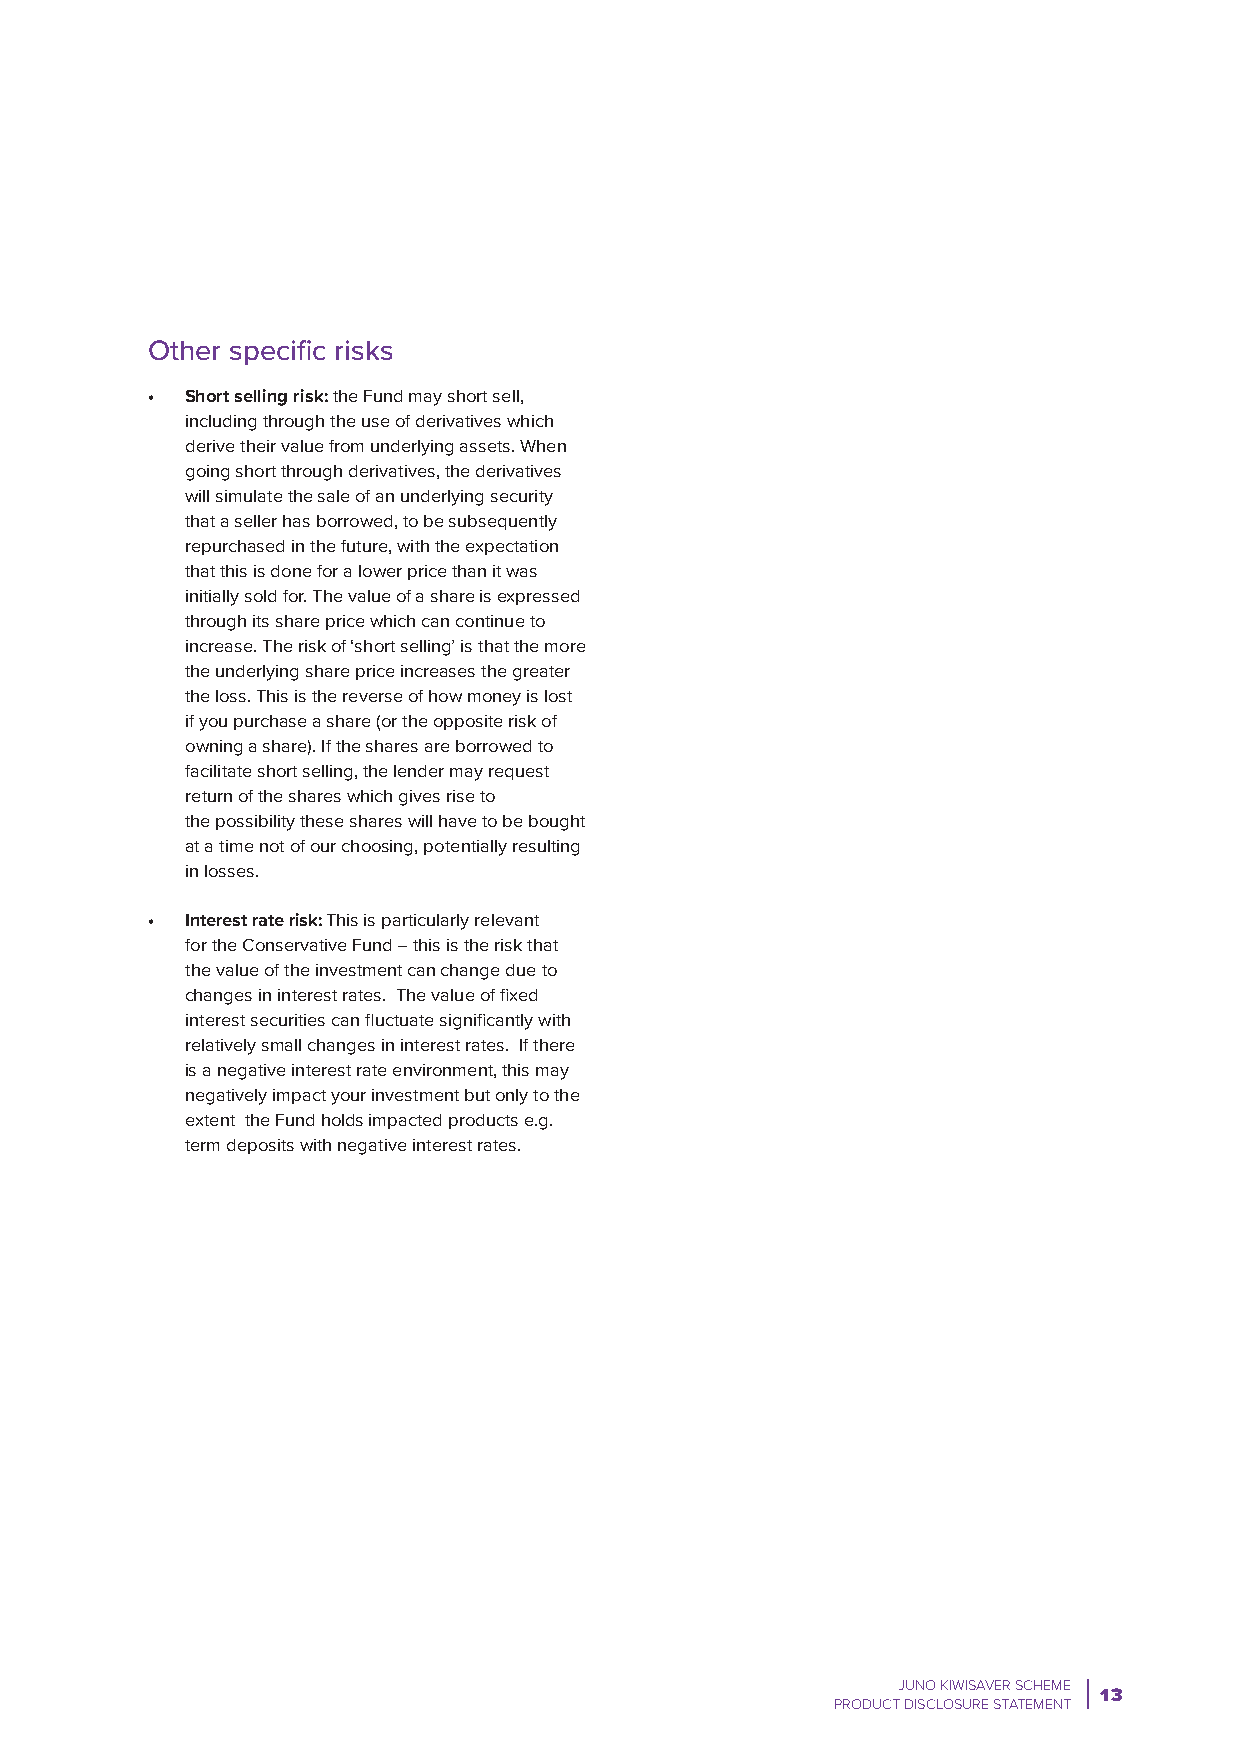
Other specific risks
 • Short selling risk: the Fund may short sell,
 including through the use of derivatives which
 derive their value from underlying assets. When
 going short through derivatives, the derivatives
 will simulate the sale of an underlying security
 that a seller has borrowed, to be subsequently
 repurchased in the future, with the expectation
 that this is done for a lower price than it was
 initially sold for. The value of a share is expressed
 through its share price which can continue to
 increase. The risk of ‘short selling’ is that the more
 the underlying share price increases the greater
 the loss. This is the reverse of how money is lost
 if you purchase a share (or the opposite risk of
 owning a share). If the shares are borrowed to
 facilitate short selling, the lender may request
 return of the shares which gives rise to
 the possibility these shares will have to be bought
 at a time not of our choosing, potentially resulting
 in losses.
 • Interest rate risk: This is particularly relevant
 for the Conservative Fund – this is the risk that
 the value of the investment can change due to
 changes in interest rates. The value of fixed
 interest securities can fluctuate significantly with
 relatively small changes in interest rates. If there
 is a negative interest rate environment, this may
 negatively impact your investment but only to the
 extent the Fund holds impacted products e.g.
 term deposits with negative interest rates.
 JUNO KIWISAVER SCHEME
 13
 PRODUCT DISCLOSURE STATEMENT